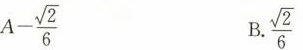
A- \frac{\sqrt{2}}{6} B\frac{\sqrt{2}}{6}